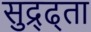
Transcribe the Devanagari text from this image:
सुद्र्ढ्ता